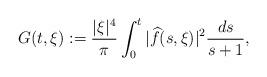
LaTeX: \begin{align*}G( t,\xi):= \frac{|\xi|^4}{\pi} \int_0^t |\widehat{f}( s,\xi)|^2 \frac{d s}{s+1},\end{align*}